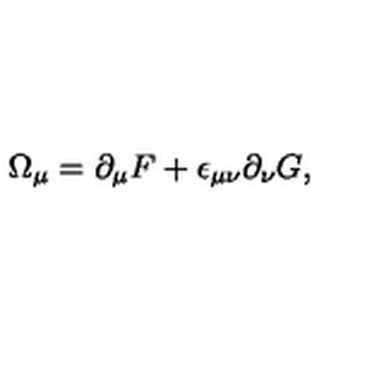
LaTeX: \Omega _ { \mu } = \partial _ { \mu } F + \epsilon _ { \mu \nu } \partial _ { \nu } G ,